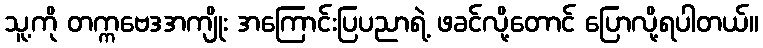
သူ့ကို တက္ကဗေဒအကျိုး အကြောင်းပြပညာရဲ့ ဖခင်လို့တောင် ပြောလို့ရပါတယ်။